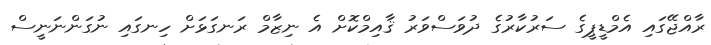
ރާއްޖޭގައި އެމްޑީޕީގެ ސަރުކާރުގެ ދުވަސްވަރު ޤާއިމްކޮށް އެ ނިޒާމް ރަނގަޅަށް ހިނގައި ނުގަންނަނީސް